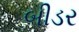
બીડર